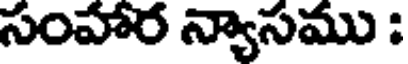
సంహార న్యాసము :